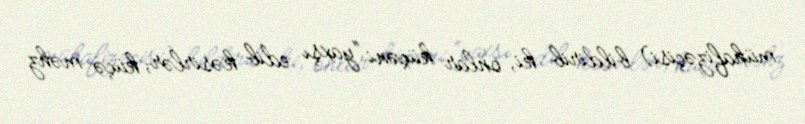
mühafizəçisi) bildirib ki, onlar küçəni “yaxşı edib kəsirlər, küçə məhz